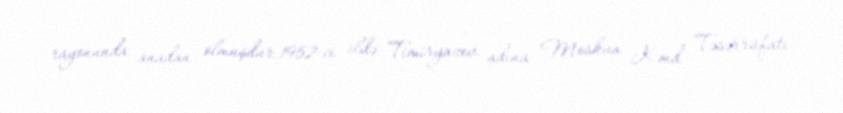
rayonunda anadan olmuşdur.1952-ci ildə Timiryazev adına Moskva Kənd Təsərrüfatı